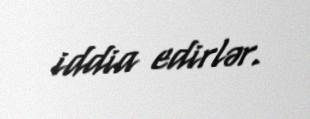
iddia edirlər.